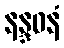
နန္ဒဝနံ